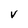
Character: V